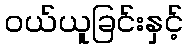
ဝယ်ယူခြင်းနှင့်